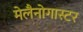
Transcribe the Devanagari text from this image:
मेलैनोगास्टर